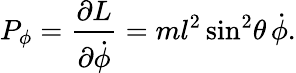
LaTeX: P_{\phi}={\frac{\partial L}{\partial{\dot{\phi}}}}=ml^{2}\sin^{2}\! \theta\, {\dot{\phi}}.